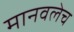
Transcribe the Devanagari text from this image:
मानवलेच